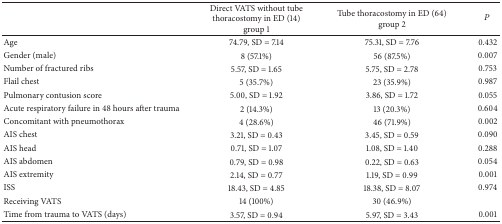
<table><thead><tr><td><b> </b></td><td><b>Direct VATS without tube thoracostomy in ED (14)group 1</b></td><td><b>Tube thoracostomy in ED (64)group 2</b></td><td><b><i>P</i></b></td></tr></thead><tbody><tr><td>Age</td><td>74.79, SD = 7.14</td><td>75.31, SD = 7.76</td><td>0.432</td></tr><tr><td>Gender (male)</td><td>8 (57.1%) </td><td>56 (87.5%)</td><td>0.007</td></tr><tr><td>Number of fractured ribs</td><td>5.57, SD = 1.65</td><td>5.75, SD = 2.78</td><td>0.753</td></tr><tr><td>Flail chest</td><td>5 (35.7%) </td><td>23 (35.9%) </td><td>0.987</td></tr><tr><td>Pulmonary contusion score</td><td>5.00, SD = 1.92</td><td>3.86, SD = 1.72</td><td>0.055</td></tr><tr><td>Acute respiratory failure in 48 hours after trauma</td><td>2 (14.3%) </td><td>13 (20.3%) </td><td>0.604</td></tr><tr><td>Concomitant with pneumothorax</td><td>4 (28.6%)</td><td>46 (71.9%)</td><td>0.002</td></tr><tr><td>AIS chest</td><td>3.21, SD = 0.43</td><td>3.45, SD = 0.59</td><td>0.090</td></tr><tr><td>AIS head </td><td>0.71, SD = 1.07</td><td>1.08, SD = 1.40</td><td>0.288</td></tr><tr><td>AIS abdomen</td><td>0.79, SD = 0.98</td><td>0.22, SD = 0.63</td><td>0.054</td></tr><tr><td>AIS extremity</td><td>2.14, SD = 0.77</td><td>1.19, SD = 0.99</td><td>0.001</td></tr><tr><td>ISS</td><td>18.43, SD = 4.85</td><td>18.38, SD = 8.07</td><td>0.974</td></tr><tr><td>Receiving VATS</td><td>14 (100%)</td><td>30 (46.9%)</td><td> </td></tr><tr><td>Time from trauma to VATS (days)</td><td>3.57, SD = 0.94</td><td>5.97, SD = 3.43</td><td>0.001</td></tr></tbody></table>